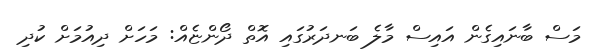
މަސް ބާނައިގެން އައިސް މާލެ ބަނދަރުގައި އޮތް ދޯންޏެއް: މަހަށް ދިއުމަށް ކުދި